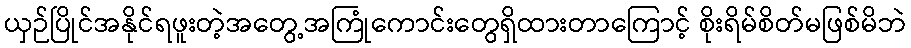
ယှဉ်ပြိုင်အနိုင်ရဖူးတဲ့အတွေ့အကြုံကောင်းတွေရှိထားတာကြောင့် စိုးရိမ်စိတ်မဖြစ်မိဘဲ